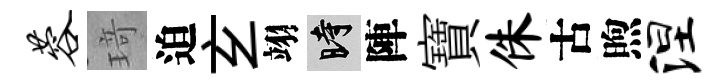
蓉𤦺迫𤣥翊时陣寶侏古煦涅